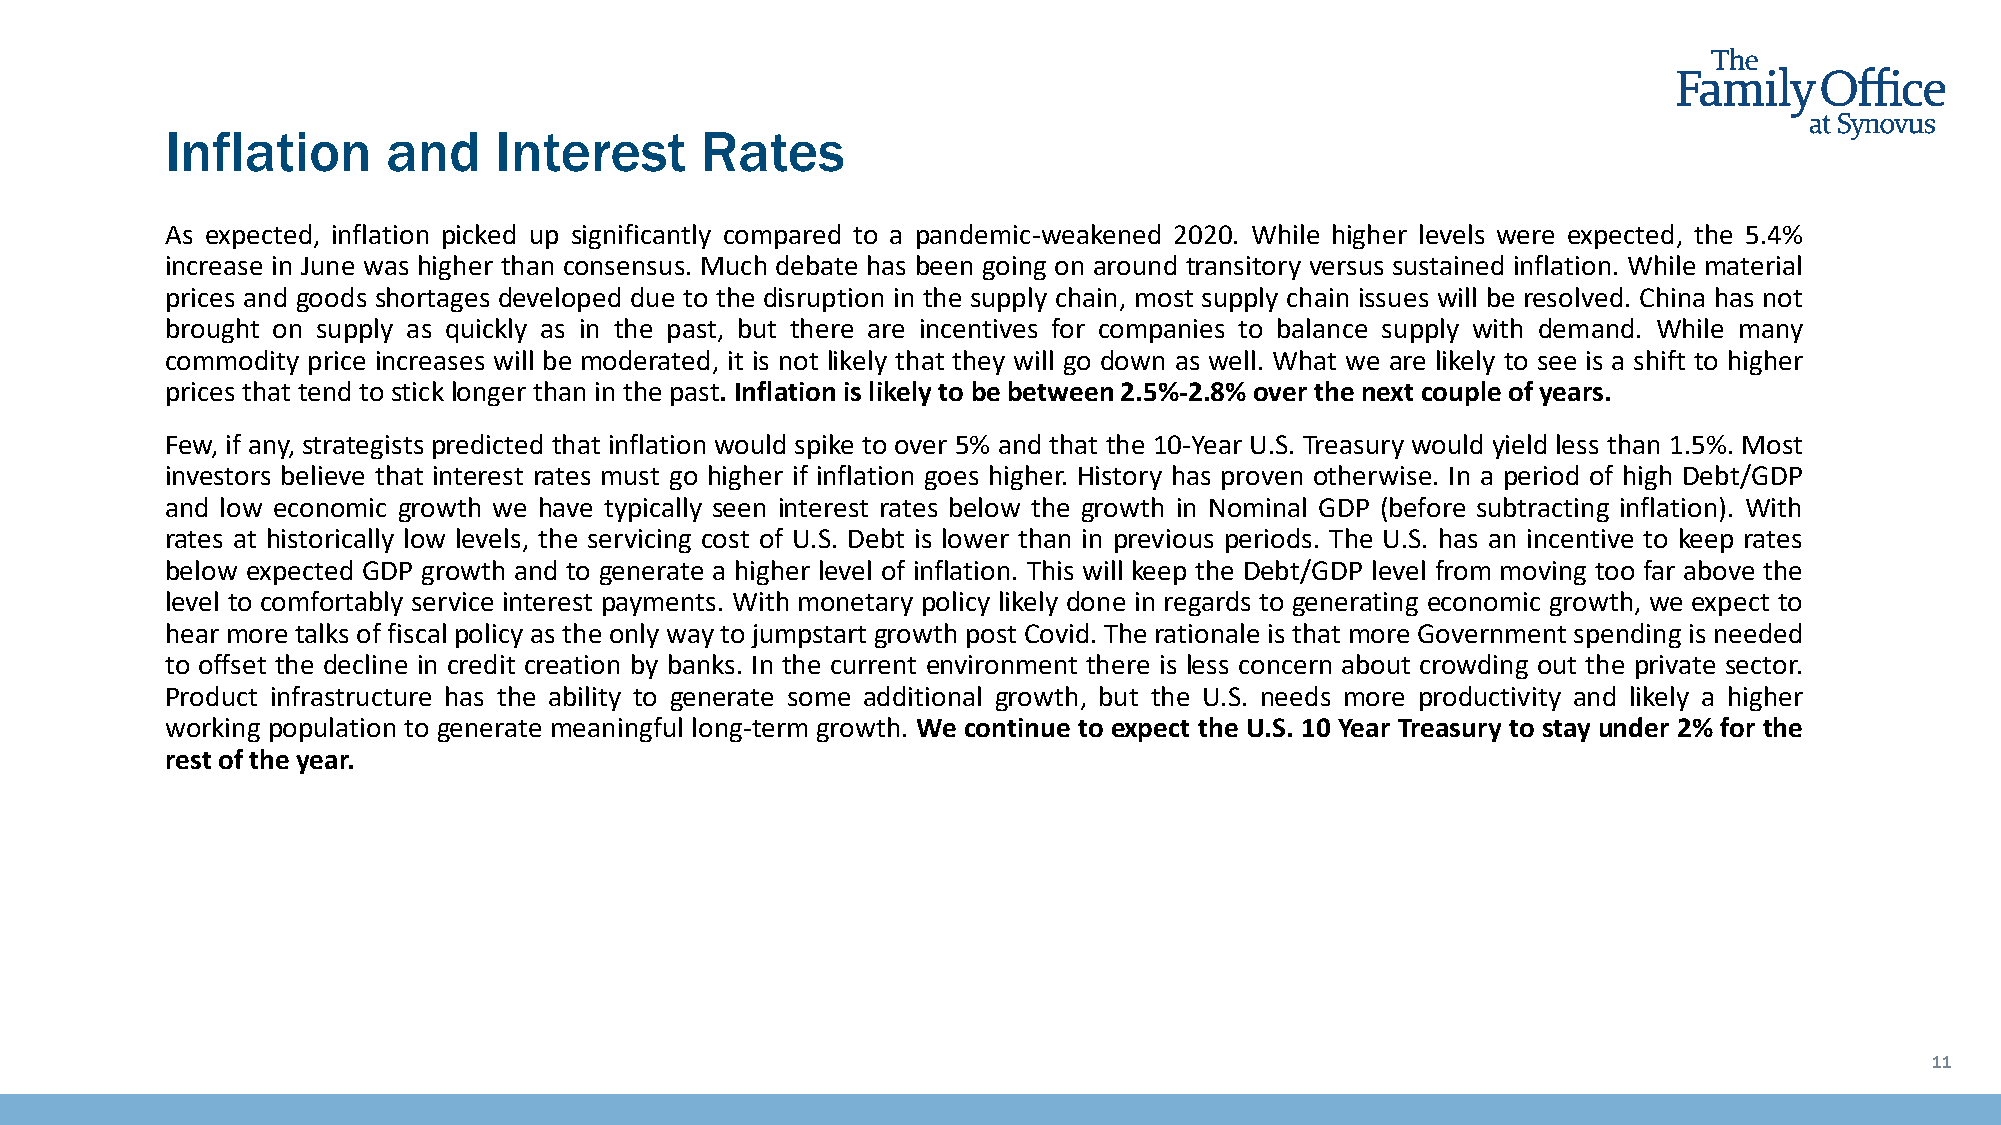
Inflation      and    Interest     Rates
 As expected, inflation picked up significantly compared to a pandemic-weakened 2020. While higher levels were expected, the 5.4%
 increase in June was higher than consensus. Much debate has been going on around transitory versus sustained inflation. While material
 prices and goods shortages developed due to the disruption in the supply chain, most supply chain issues will be resolved. China has not
 brought on supply as quickly as in the past, but there are incentives for companies to balance supply with demand. While many
 commodity price increases will be moderated, it is not likely that they will go down as well. What we are likely to see is a shift to higher
 prices that tend to stick longer than in the past. Inflationis likely to be between2.5%-2.8% overthe nextcoupleofyears.
 Few, if any, strategists predicted that inflation would spike to over 5% and that the 10-Year U.S. Treasury would yield less than 1.5%. Most
 investors believe that interest rates must go higher if inflation goes higher. History has proven otherwise. In a period of high Debt/GDP
 and low economic growth we have typically seen interest rates below the growth in Nominal GDP (before subtracting inflation). With
 rates at historically low levels, the servicing cost of U.S. Debt is lower than in previous periods. The U.S. has an incentive to keep rates
 below expected GDP growth and to generate a higher level of inflation. This will keep the Debt/GDP level from moving too far above the
 level to comfortably service interest payments. With monetary policy likely done in regards to generating economic growth, we expect to
 hear more talks of fiscal policy as the only way to jumpstart growth post Covid. The rationale is that more Government spending is needed
 to offset the decline in credit creation by banks. In the current environment there is less concern about crowding out the private sector.
 Product infrastructure has the ability to generate some additional growth, but the U.S. needs more productivity and likely a higher
 working population to generate meaningful long-term growth. We continue to expect the U.S. 10 Year Treasury to stay under 2% for the
 restoftheyear.
 11